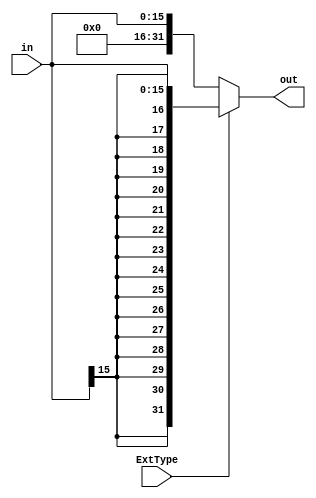
module ext #(parameter WIDTH = 16,BIGWIDTH = 32)(in, out, ExtType);
  input [WIDTH - 1:0]in;
  input ExtType;
  output [BIGWIDTH - 1:0]out;
  assign out = ExtType ? 
                  {{BIGWIDTH-WIDTH{in[WIDTH - 1]}},in} :
                    {{BIGWIDTH-WIDTH{1'b0}},in};
endmodule